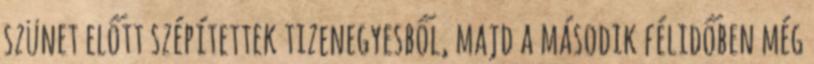
szünet előtt szépítettek tizenegyesből, majd a második félidőben még